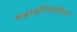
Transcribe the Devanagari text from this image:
महाक्षीणदीनः